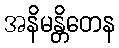
အနိမန္တိတေန